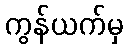
ကွန်ယက်မှ